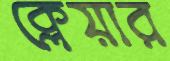
ক্লেয়ার